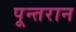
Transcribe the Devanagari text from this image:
पून्तरान